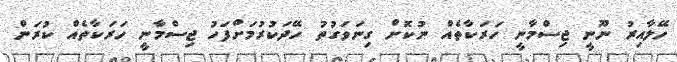
ހޭލާއިރު ނޫނީ ޖިސްމާނީ ހަރަކާތެއް ނުކޮށް ގިނަވަގުތު ހޭދަކުރުމަށްފަހު ޖިސްމާނީ ހަރަކާތެއް ކުރަން